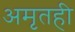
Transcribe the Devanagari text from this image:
अमृतही